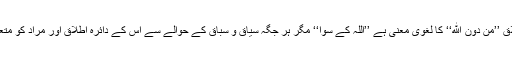
مِنْ دُوْنِ اللهِ کا درست اطلاق ’’مِنُ دُوْنِ اللهِ‘‘ کا لغوی معنی ہے ’’اللہ کے سوا‘‘ مگر ہر جگہ سیاق و سباق کے حوالے سے اس کے دائرہ اطلاق اور مراد کو متعین کیا جانا ضروری ہے۔